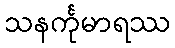
သနင်္ကုမာရဿ